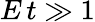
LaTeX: E\, t\gg 1